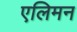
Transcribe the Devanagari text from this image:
एलिमन